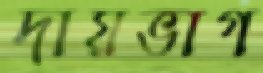
দায়ভাগ